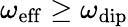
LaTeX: \omega_{\mathrm{eff}}\geq\omega_{\mathrm{dip}}